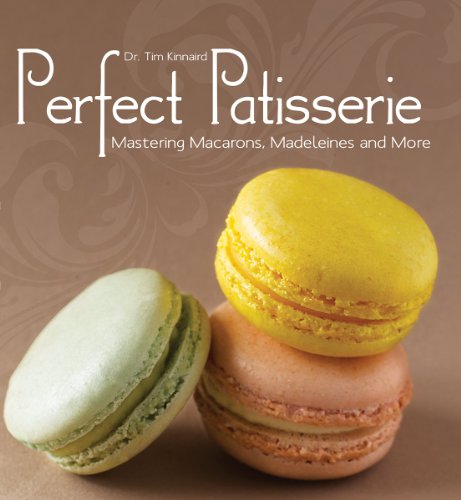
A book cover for Perfect Patisserie: Mastering Macarons, Madeleines and More; Dr. Tim Kinnaird; Cookbooks, Food & Wine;